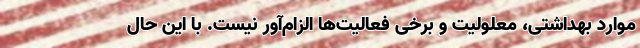
موارد بهداشتی، معلولیت و برخی فعالیت‌ها الزام‌آور نیست. با این حال